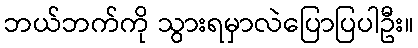
ဘယ်ဘက်ကို သွားရမှာလဲပြောပြပါဦး။